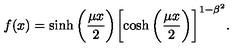
f ( x ) = \sinh { \biggl ( \frac { \mu x } { 2 } \biggr ) } \biggl [ \cosh { \biggl ( \frac { \mu x } { 2 } \biggr ) } \biggr ] ^ { 1 - \beta ^ { 2 } } .